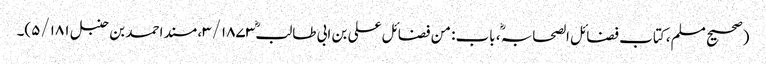
(صحیح مسلم، کتاب فضائل الصحابہ ؓ، باب: من فضائل علی بن ابی طالبؓ ۳/۱۸۷۳، مسند احمد بن حنبل ۵/۱۸۱)۔